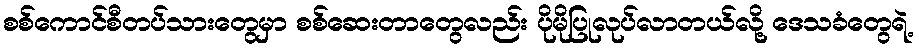
စစ်ကောင်စီတပ်သားတွေမှာ စစ်ဆေးတာတွေလည်း ပိုမိုပြုလုပ်လာတယ်လို့ ဒေသခံတွေရဲ့